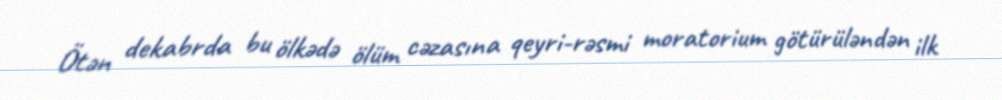
Ötən dekabrda bu ölkədə ölüm cəzasına qeyri-rəsmi moratorium götürüləndən ilk